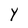
Character: Y